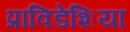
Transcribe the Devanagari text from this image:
प्राविडेंशिया